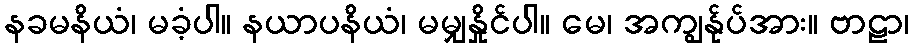
နခမနိယံ၊ မခံ့ပါ။ နယာပနိယံ၊ မမျှနှိုင်ပါ။ မေ၊ အကျွန်ုပ်အား။ ဗာဠာ၊